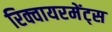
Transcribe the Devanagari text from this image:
रिक्वायरमेंट्स